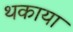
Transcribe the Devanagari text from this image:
थकाया